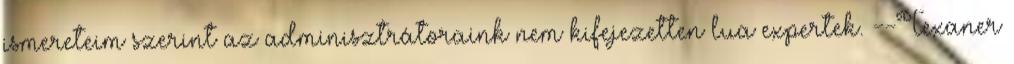
ismereteim szerint az adminisztrátoraink nem kifejezetten lua expertek. --Texaner